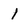
Character: 1